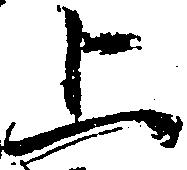
上